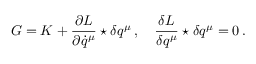
G = K + \frac { \partial L } { \partial \dot { q } ^ { \mu } } \star \delta q ^ { \mu } \, , \quad \frac { \delta L } { \delta q ^ { \mu } } \star \delta q ^ { \mu } = 0 \, .